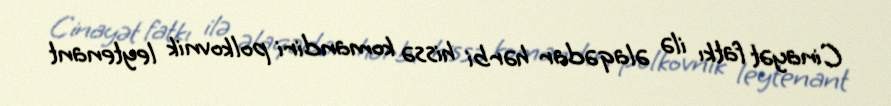
Cinayət fatkı ilə əlaqədar hərbi hissə komandiri polkovnik leytenant